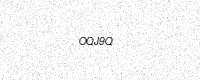
Text: OQJ9Q